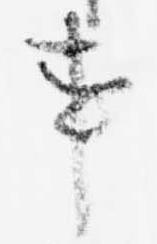
事